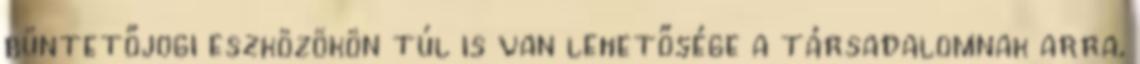
büntetőjogi eszközökön túl is van lehetősége a társadalomnak arra,